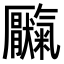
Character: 𫨥